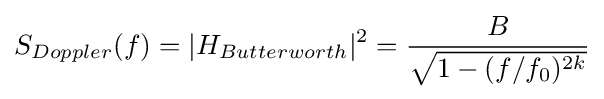
S_{Doppler}(f)=|H_{Butterworth}|^{2}={\frac {B}{\sqrt {1-(f/f_{0})^{2k}}}}